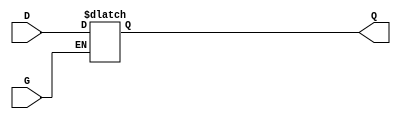
module level_sensitive_gated_latch (
    input wire D,    // Data input
    input wire G,    // Gate control signal
    output reg Q     // Output
);

    // Always block that triggers on changes to D or G
    always @(*) begin
        if (G) begin
            // When G is HIGH, Q follows D
            Q = D;
        end
        // When G is LOW, Q retains its value (hold state)
    end

endmodule